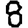
Digit: 8